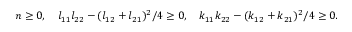
\begin{array} { r } { n \geq 0 , \quad l _ { 1 1 } l _ { 2 2 } - ( l _ { 1 2 } + l _ { 2 1 } ) ^ { 2 } / 4 \geq 0 , \quad k _ { 1 1 } k _ { 2 2 } - ( k _ { 1 2 } + k _ { 2 1 } ) ^ { 2 } / 4 \geq 0 . } \end{array}